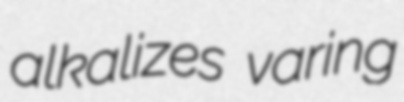
alkalizes varing